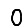
Digit: 0